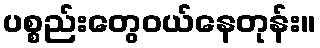
ပစ္စည်းတွေဝယ်နေတုန်း။